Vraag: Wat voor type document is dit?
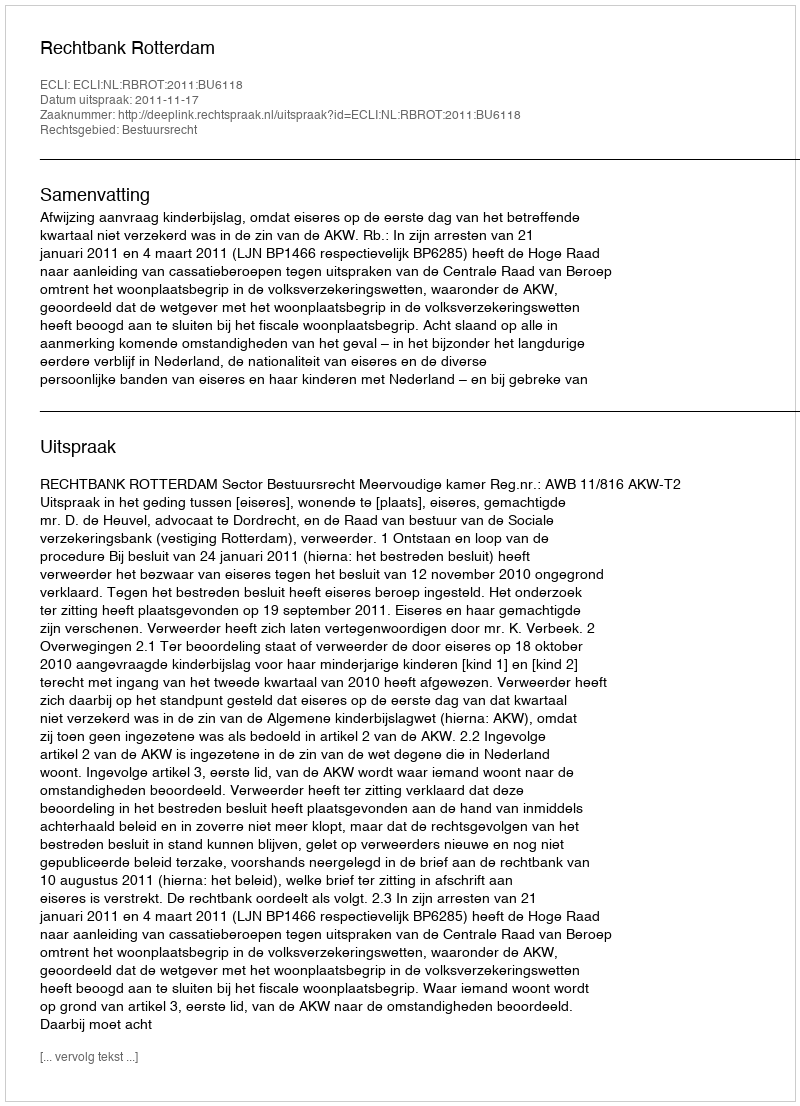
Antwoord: Uitspraak